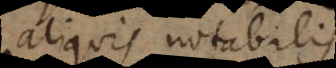
aliquis notabilis